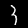
Label: 3